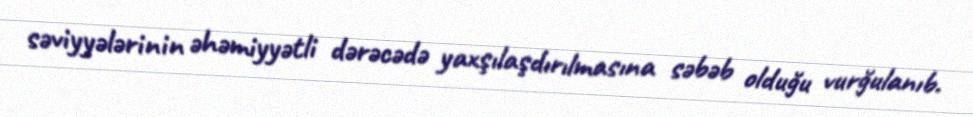
səviyyələrinin əhəmiyyətli dərəcədə yaxşılaşdırılmasına səbəb olduğu vurğulanıb.